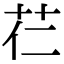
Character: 芢